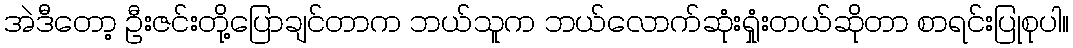
အဲဒီတော့ ဦးဇင်းတို့ပြောချင်တာက ဘယ်သူက ဘယ်လောက်ဆုံးရှုံးတယ်ဆိုတာ စာရင်းပြုစုပါ။